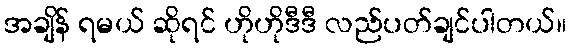
အချိန် ရမယ် ဆိုရင် ဟိုဟိုဒီဒီ လည်ပတ်ချင်ပါတယ်။